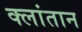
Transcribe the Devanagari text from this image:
क्लांतान